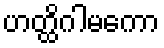
ဟတ္ထိဂါမကော